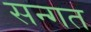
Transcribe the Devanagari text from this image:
सन्गत